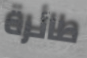
طائرة